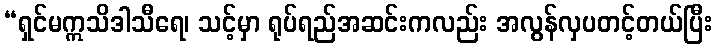
“ရှင်မဣသိဒါသီရေ၊ သင့်မှာ ရုပ်ရည်အဆင်းကလည်း အလွန်လှပတင့်တယ်ပြီး